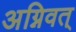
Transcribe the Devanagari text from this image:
अग्निवत्